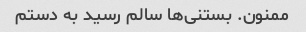
ممنون. بستنی‌ها سالم رسید به دستم